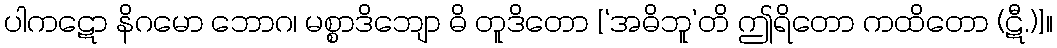
ပါကဋော နိဂမော ဘောဂ၊ မစ္စာဒိဘျော ဓိ တူဒိတော [‘အဓိဘူ’တိ ဤရိတော ကထိတော (ဋီ.)]။